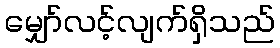
မျှော်လင့်လျက်ရှိသည်